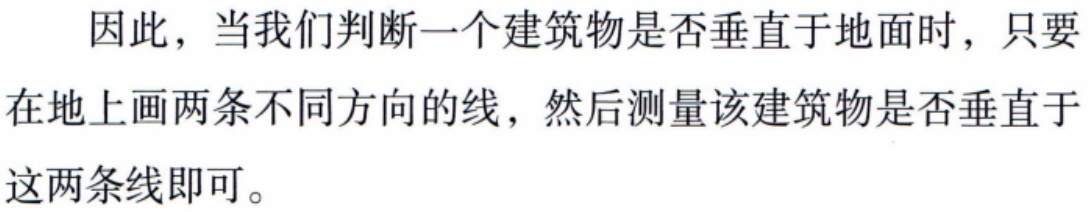
因此，当我们判断一个建筑物是否垂直于地面时，只要在地上画两条不同方向的线，然后测量该建筑物是否垂直于这两条线即可。